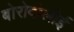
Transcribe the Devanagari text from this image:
बोरोदोलोई